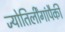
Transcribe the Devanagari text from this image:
ज्योतिर्लींगांपैकी